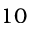
1 0